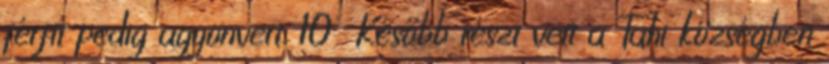
férfit pedig agyonvert. 10 Később részt vett a Tahi községben